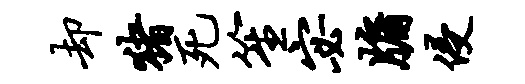
却猪死笙宓牖侵